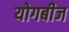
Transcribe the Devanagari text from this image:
योगबीज